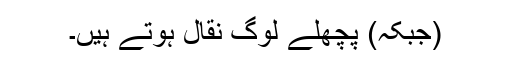
(جبکہ) پچھلے لوگ نقال ہوتے ہیں۔